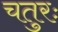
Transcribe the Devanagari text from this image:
चतुरः